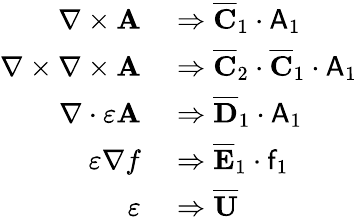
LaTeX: \begin{array}{rl}{\nabla\times\mathbf{A}}&{{}\Rightarrow\overline{{\mathbf{C}}}_{1}\cdot\mathsf{A}_{1}}\\ {\nabla\times\nabla\times\mathbf{A}}&{{}\Rightarrow\overline{{\mathbf{C}}}_{2}\cdot\overline{{\mathbf{C}}}_{1}\cdot\mathsf{A}_{1}}\\ {\nabla\cdot\varepsilon\mathbf{A}}&{{}\Rightarrow\overline{{\mathbf{D}}}_{1}\cdot\mathsf{A}_{1}}\\ {\varepsilon\nabla f}&{{}\Rightarrow\overline{{\mathbf{E}}}_{1}\cdot\mathsf{f}_{1}}\\ {\varepsilon}&{{}\Rightarrow\overline{{\mathbf{U}}}}\end{array}